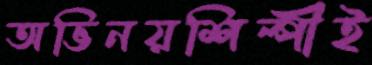
অভিনয়শিল্পীই